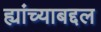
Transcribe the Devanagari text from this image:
ह्यांच्याबद्दल